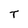
Character: T